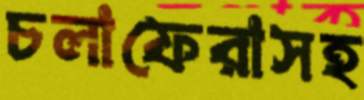
চলাফেরাসহ